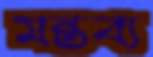
মন্তব্য